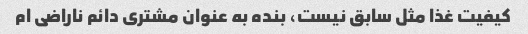
کیفیت غذا مثل سابق نیست، بنده به عنوان مشتری دائم ناراضی ام